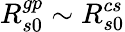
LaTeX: R_{s0}^{gp}\sim R_{s0}^{cs}